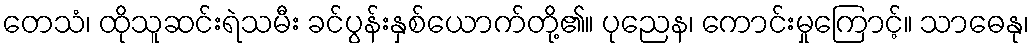
တေသံ၊ ထိုသူဆင်းရဲသမီး ခင်ပွန်းနှစ်ယောက်တို့၏။ ပုညေန၊ ကောင်းမှုကြောင့်။ သာဓေနု၊